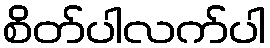
စိတ်ပါလက်ပါ